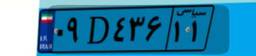
۴۷D۱۶۷۰۵